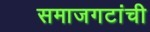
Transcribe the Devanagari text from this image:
समाजगटांची